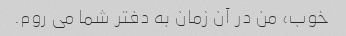
خوب، من در آن زمان به دفتر شما می روم.